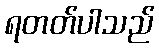
ရတတ်ပါသည်